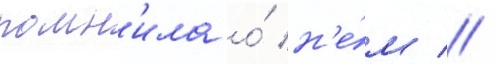
помн'ила о́ н'е́м //